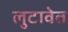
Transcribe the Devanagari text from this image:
लुटावेत